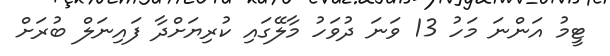
ޓީމު އަންނަ މަހު 13 ވަނަ ދުވަހު މާލޭގައި ކުރިޔަށްދާ ފައިނަލް ބުރަށް